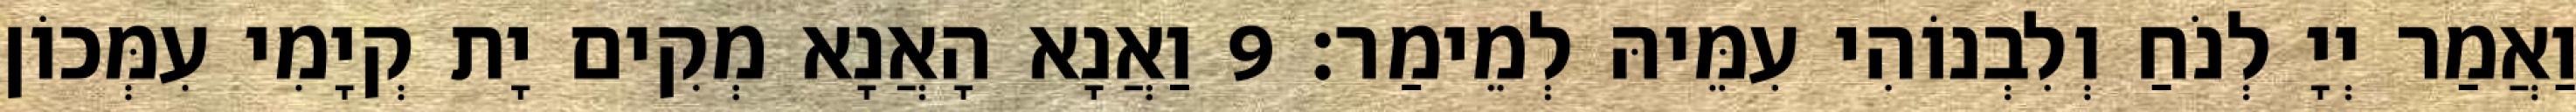
וַאֲמַר יְיָ לְנֹחַ וְלִבְנוֹהִי עִמֵּיהּ לְמֵימַר׃ 9 וַאֲנָא הָאֲנָא מְקִים יָת קְיָמִי עִמְּכוֹן